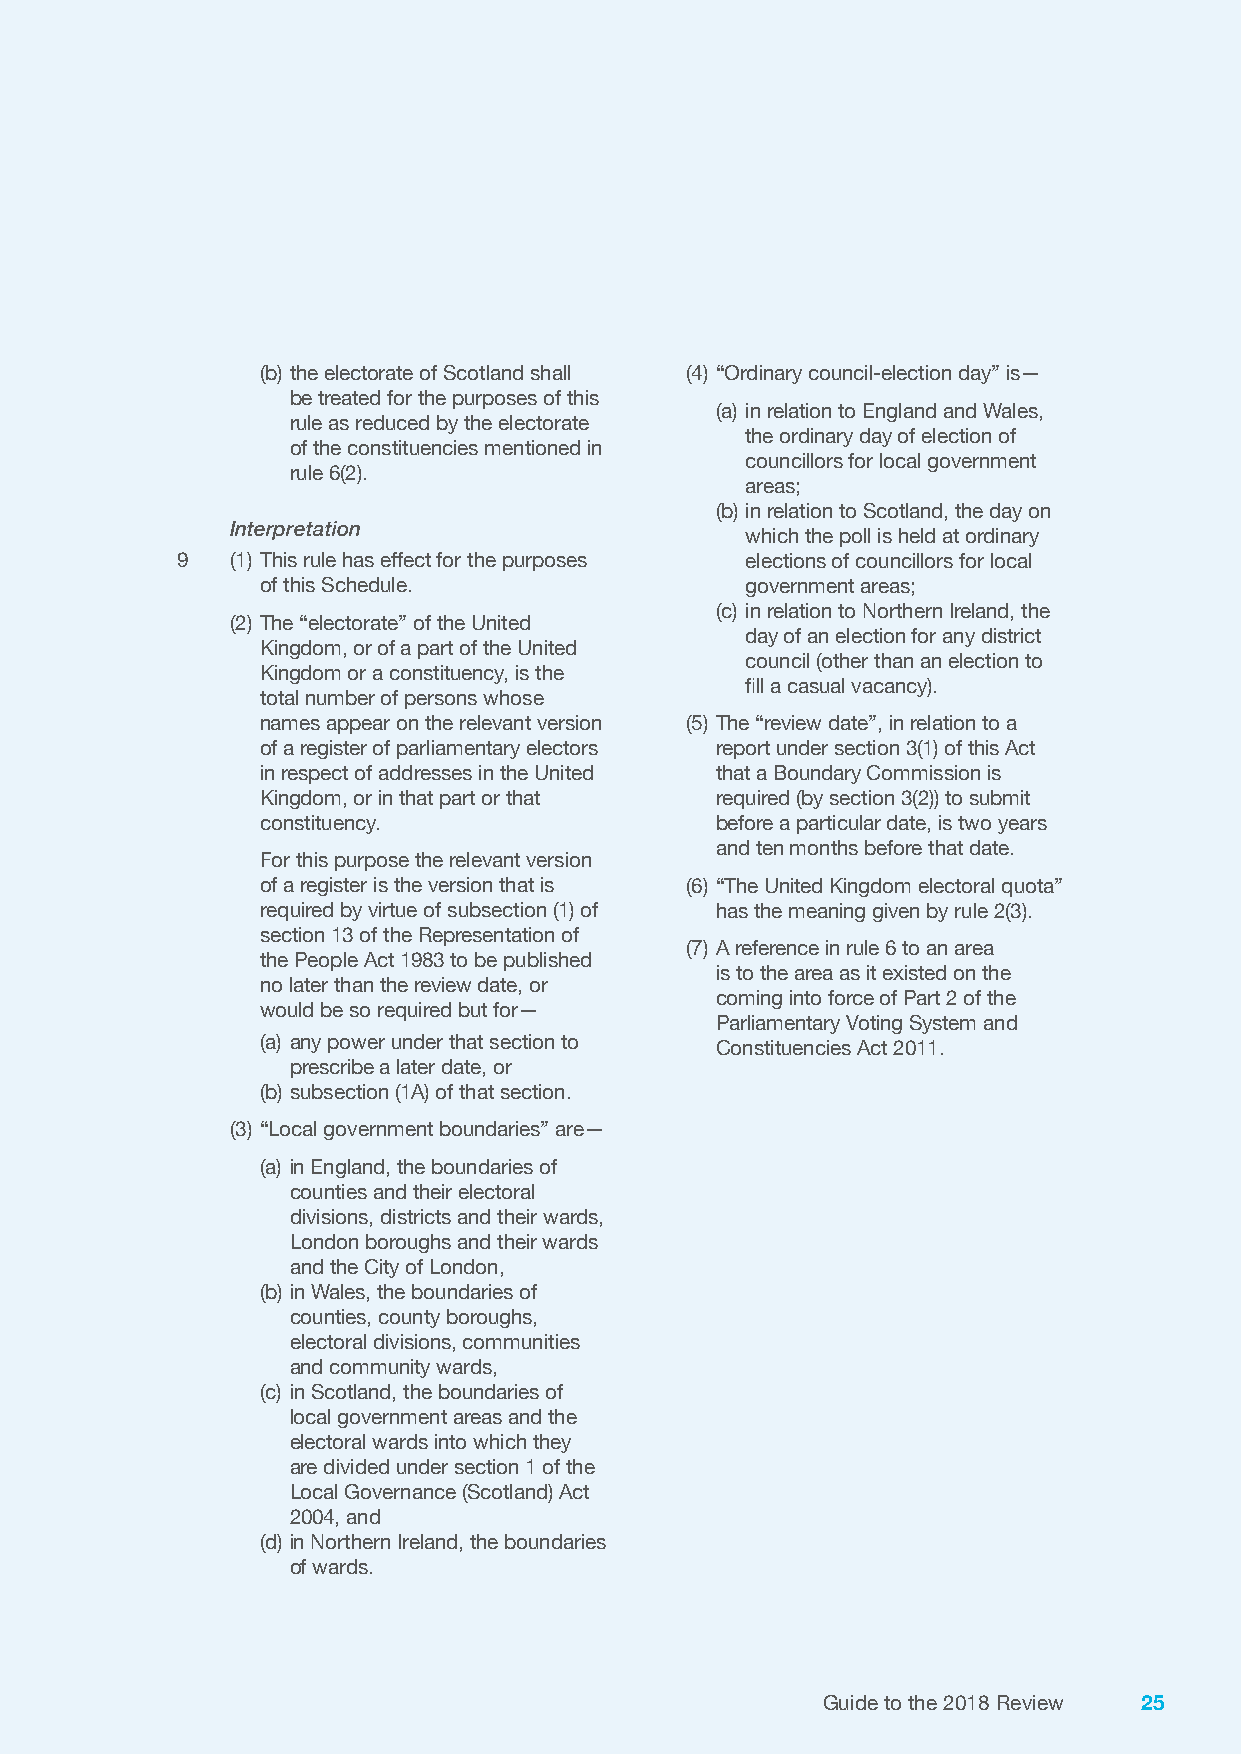
(b) the electorate of Scotland shall (4) “Ordinary council-election day” is—
 be treated for the purposes of this
 (a) in relation to England and Wales,
 rule as reduced by the electorate
 the ordinary day of election of
 of the constituencies mentioned in
 councillors for local government
 rule 6(2).
 areas;
 (b) in relation to Scotland, the day on
 Interpretation
 which the poll is held at ordinary
 9  (1) This rule has effect for the purposes elections of councillors for local
 of this Schedule.               government areas;
 (c) in relation to Northern Ireland, the
 (2) The “electorate” of the United
 day of an election for any district
 Kingdom, or of a part of the United
 council (other than an election to
 Kingdom or a constituency, is the
 fill a casual vacancy).
 total number of persons whose
 names appear on the relevant version (5) The “review date”, in relation to a
 of a register of parliamentary electors report under section 3(1) of this Act
 in respect of addresses in the United that a Boundary Commission is
 Kingdom, or in that part or that required (by section 3(2)) to submit
 constituency.                 before a particular date, is two years
 and ten months before that date.
 For this purpose the relevant version
 of a register is the version that is (6) “The United Kingdom electoral quota”
 required by virtue of subsection (1) of has the meaning given by rule 2(3).
 section 13 of the Representation of
 (7) A reference in rule 6 to an area
 the People Act 1983 to be published
 is to the area as it existed on the
 no later than the review date, or
 coming into force of Part 2 of the
 would be so required but for—
 Parliamentary Voting System and
 (a) any power under that section to
 Constituencies Act 2011.
 prescribe a later date, or
 (b) subsection (1A) of that section.
 (3) “Local government boundaries” are—
 (a) in England, the boundaries of
 counties and their electoral
 divisions, districts and their wards,
 London boroughs and their wards
 and the City of London,
 (b) in Wales, the boundaries of
 counties, county boroughs,
 electoral divisions, communities
 and community wards,
 (c) in Scotland, the boundaries of
 local government areas and the
 electoral wards into which they
 are divided under section 1 of the
 Local Governance (Scotland) Act
 2004, and
 (d) in Northern Ireland, the boundaries
 of wards.
 Guide to the 2018 Review 25